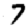
Digit: 7